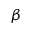
\beta